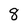
Character: 8